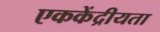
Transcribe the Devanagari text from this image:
एककेंद्रीयता